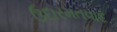
ઉદારમતવાદ